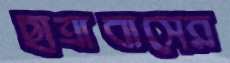
ছাত্রাবাসের